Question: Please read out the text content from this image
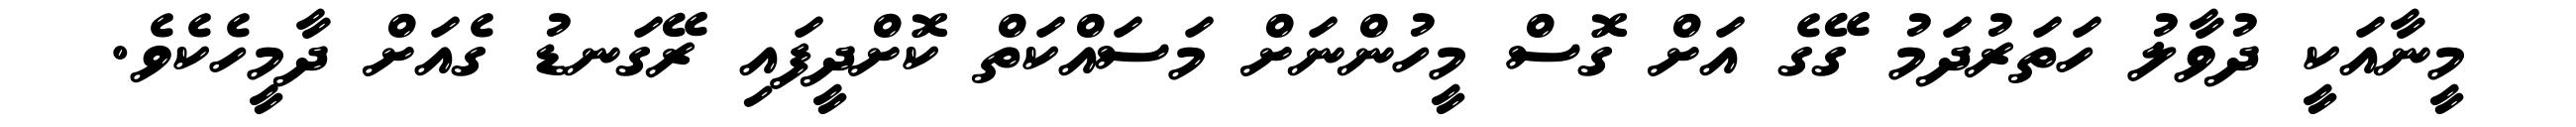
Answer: މީނާއަކީ ދުވާލު ހަތަރުދަމު ގޭގެ އަށް ގޮސް މީހުންނަށް މަސައްކަތް ކޮށްދީފައި ރޭގަނޑު ގެއަށް ދާމީހެކެވެ.